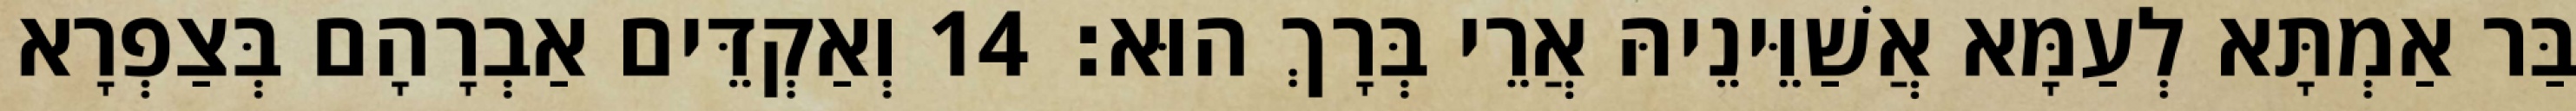
בַּר אַמְתָּא לְעַמָּא אֲשַׁוֵּינֵיהּ אֲרֵי בְּרָךְ הוּא׃ 14 וְאַקְדֵּים אַבְרָהָם בְּצַפְרָא